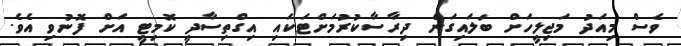
ވެސް މިއަދު މަޖިލީހަށް ބަލައިގަނެ ދިރާސާކުރުމަށްޓަކައި އިގްތިސާދީ ކޮމިޓީ އަށް ފޮނުވި އެވެ.